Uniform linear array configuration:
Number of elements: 4
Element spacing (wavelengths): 0.5
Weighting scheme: kaiser
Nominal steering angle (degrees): -45
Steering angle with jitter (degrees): -43.517
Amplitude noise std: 0.05
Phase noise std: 0.05

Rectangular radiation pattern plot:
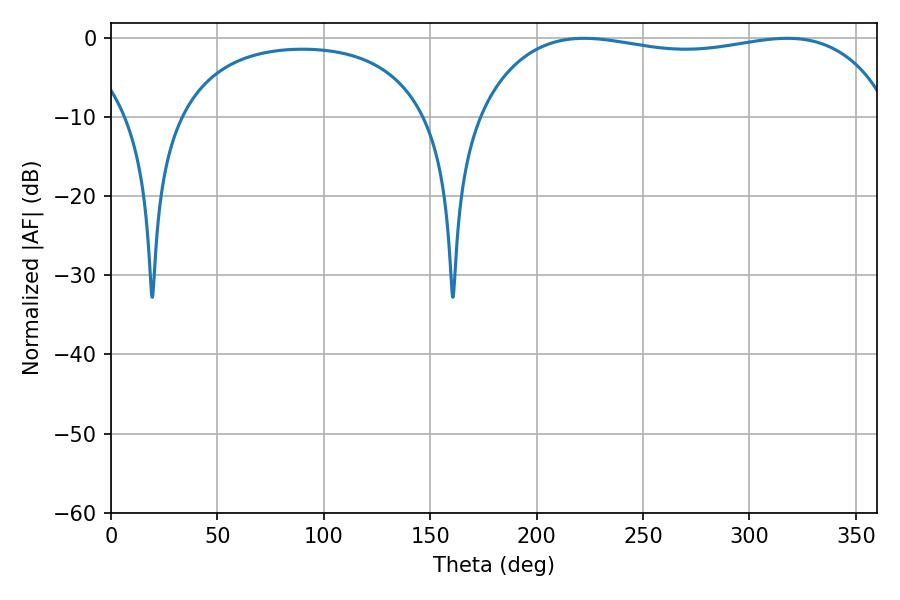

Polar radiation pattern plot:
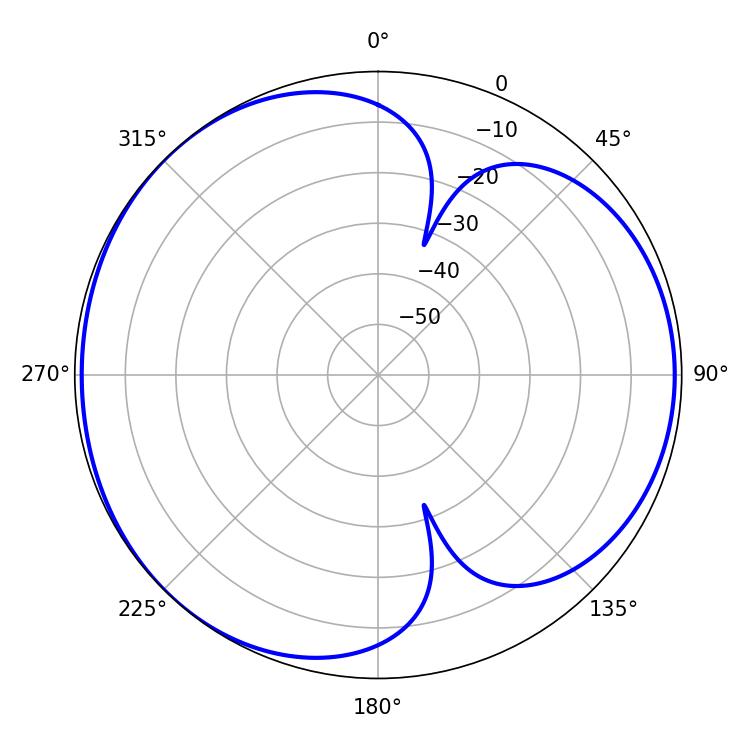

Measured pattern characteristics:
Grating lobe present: FALSE
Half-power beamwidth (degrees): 157.32
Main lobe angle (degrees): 222.3